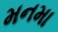
મનમા